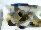
চ